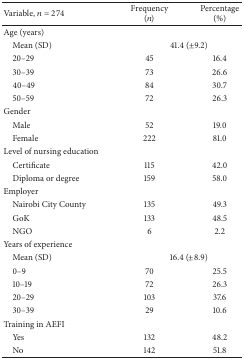
<table><thead><tr><td><b>Variable, <i>n</i> = 274</b></td><td><b>Frequency (<i>n</i>)</b></td><td><b>Percentage (%)</b></td></tr></thead><tbody><tr><td>Age (years)</td><td> </td><td> </td></tr><tr><td> Mean (SD)</td><td colspan="2"> 41.4 (±9.2)</td></tr><tr><td> 20–29</td><td>45</td><td>16.4</td></tr><tr><td> 30–39</td><td>73</td><td>26.6</td></tr><tr><td> 40–49</td><td>84</td><td>30.7</td></tr><tr><td> 50–59</td><td>72</td><td>26.3</td></tr><tr><td>Gender</td><td> </td><td> </td></tr><tr><td> Male</td><td>52</td><td>19.0</td></tr><tr><td> Female</td><td>222</td><td>81.0</td></tr><tr><td>Level of nursing education</td><td> </td><td> </td></tr><tr><td> Certificate</td><td>115</td><td>42.0</td></tr><tr><td> Diploma or degree</td><td>159</td><td>58.0</td></tr><tr><td>Employer</td><td> </td><td> </td></tr><tr><td> Nairobi City County</td><td>135</td><td>49.3</td></tr><tr><td> GoK</td><td>133</td><td>48.5</td></tr><tr><td> NGO</td><td>6</td><td>2.2</td></tr><tr><td>Years of experience</td><td> </td><td> </td></tr><tr><td> Mean (SD)</td><td colspan="2"> 16.4 (±8.9)</td></tr><tr><td> 0–9</td><td>70</td><td>25.5</td></tr><tr><td> 10–19</td><td>72</td><td>26.3</td></tr><tr><td> 20–29</td><td>103</td><td>37.6</td></tr><tr><td> 30–39</td><td>29</td><td>10.6</td></tr><tr><td>Training in AEFI</td><td> </td><td> </td></tr><tr><td> Yes</td><td>132</td><td>48.2</td></tr><tr><td> No</td><td>142</td><td>51.8</td></tr></tbody></table>